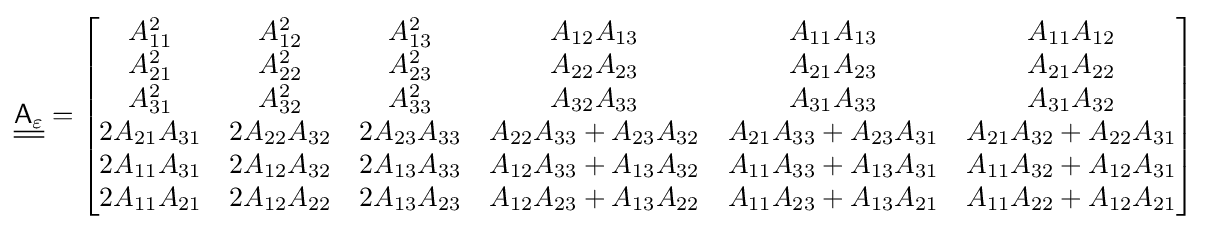
{\underline {\underline {{\mathsf {A}}_{\varepsilon }}}}={\begin{bmatrix}A_{11}^{2}&A_{12}^{2}&A_{13}^{2}&A_{12}A_{13}&A_{11}A_{13}&A_{11}A_{12}\\A_{21}^{2}&A_{22}^{2}&A_{23}^{2}&A_{22}A_{23}&A_{21}A_{23}&A_{21}A_{22}\\A_{31}^{2}&A_{32}^{2}&A_{33}^{2}&A_{32}A_{33}&A_{31}A_{33}&A_{31}A_{32}\\2A_{21}A_{31}&2A_{22}A_{32}&2A_{23}A_{33}&A_{22}A_{33}+A_{23}A_{32}&A_{21}A_{33}+A_{23}A_{31}&A_{21}A_{32}+A_{22}A_{31}\\2A_{11}A_{31}&2A_{12}A_{32}&2A_{13}A_{33}&A_{12}A_{33}+A_{13}A_{32}&A_{11}A_{33}+A_{13}A_{31}&A_{11}A_{32}+A_{12}A_{31}\\2A_{11}A_{21}&2A_{12}A_{22}&2A_{13}A_{23}&A_{12}A_{23}+A_{13}A_{22}&A_{11}A_{23}+A_{13}A_{21}&A_{11}A_{22}+A_{12}A_{21}\end{bmatrix}}